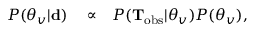
\begin{array} { r l r } { P ( \boldsymbol { \theta } _ { v } | \mathbf { d } ) } & { { } \propto } & { P ( \mathbf { T } _ { \mathrm { o b s } } | \boldsymbol { \theta } _ { v } ) P ( \boldsymbol { \theta } _ { v } ) , } \end{array}